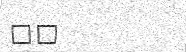
٤٦